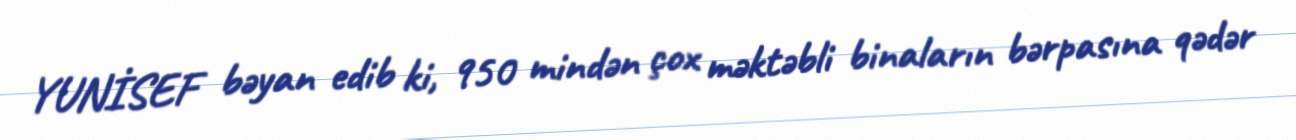
YUNİSEF bəyan edib ki, 950 mindən çox məktəbli binaların bərpasına qədər